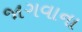
જાગવાના